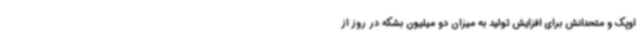
اوپک و متحدانش برای افزایش تولید به میزان دو میلیون بشکه در روز از